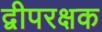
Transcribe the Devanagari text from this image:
द्वीपरक्षक